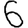
Digit: 6